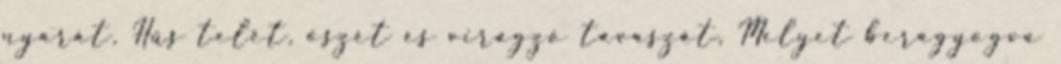
nyarát, Hűs telét, őszét és virágzó tavaszát, Melyet beragyogva